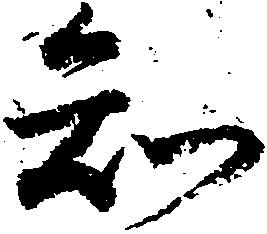
知